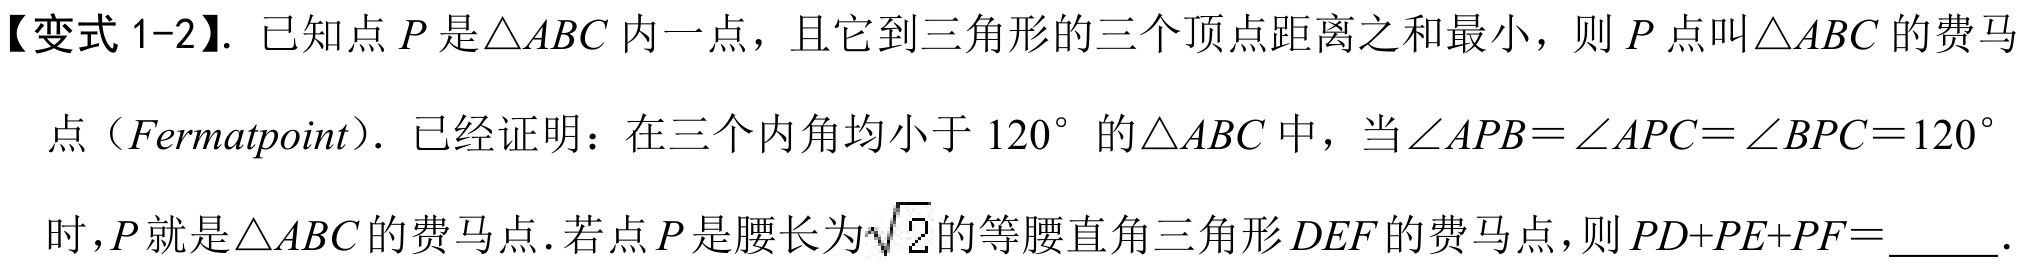
【变式 1-2】. 已知点 \(P\) 是\(\triangle ABC\) 内一点，且它到三角形的三个顶点距离之和最小，则 \(P\) 点叫\(\triangle ABC\) 的费马点（\(Fermatpoint\)）. 已经证明：在三个内角均小于 \(120^{\circ}\) 的\(\triangle ABC\) 中，当\(\angle APB = \angle APC=\angle BPC = 120^{\circ}\) 时，\(P\) 就是\(\triangle ABC\) 的费马点. 若点 \(P\) 是腰长为\(\sqrt{2}\)的等腰直角三角形 \(DEF\) 的费马点，则 \(PD + PE+PF=\) .